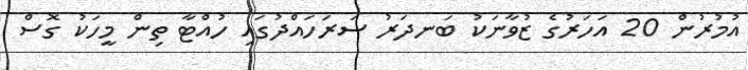
އުމުރުން 20 އަހަރުގެ ޒުވާނަކު ބަނދަރު ސަރަހައްދުގައި ހުއްޓާ ތިން މީހަކު ގޮސް